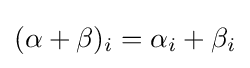
(\alpha +\beta )_{i}=\alpha _{i}+\beta _{i}